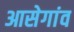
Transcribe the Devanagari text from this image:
आसेगांव